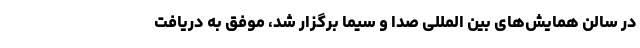
در سالن همایش‌های بین المللی صدا و سیما برگزار شد، موفق به دریافت